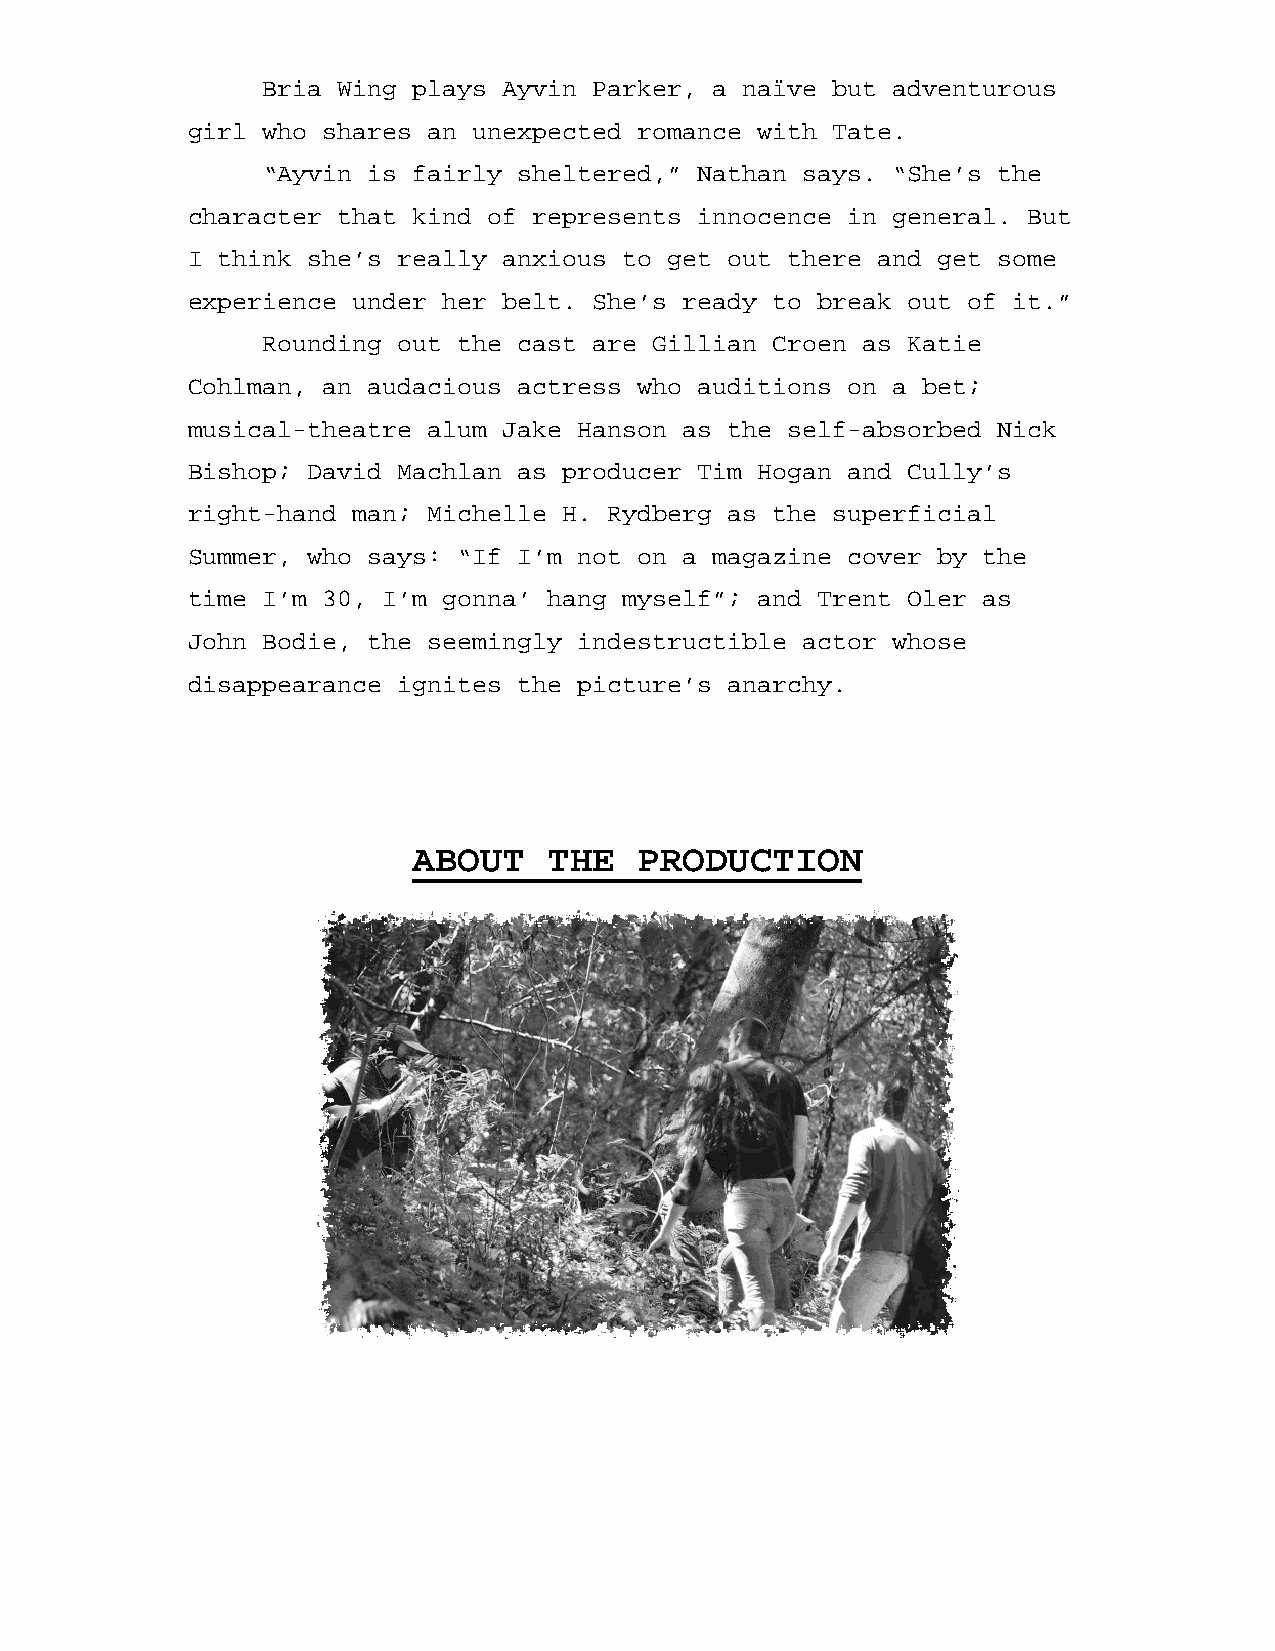
Bria Wing plays Ayvin Parker, a naïve but adventurous
 girl who shares an unexpected romance with Tate.
 “Ayvin is fairly sheltered,” Nathan says. “She’s the
 character that kind of represents innocence in general. But
 I think she’s really anxious to get out there and get some
 experience under her belt. She’s ready to break out of it.”
 Rounding out the cast are Gillian Croen as Katie
 Cohlman, an audacious actress who auditions on a bet;
 musical-theatre alum Jake Hanson as the self-absorbed Nick
 Bishop; David Machlan as producer Tim Hogan and Cully’s
 right-hand man; Michelle H. Rydberg as the superficial
 Summer, who says: “If I’m not on a magazine cover by the
 time I’m 30, I’m gonna’ hang myself”; and Trent Oler as
 John Bodie, the seemingly indestructible actor whose
 disappearance ignites the picture’s anarchy.
 ABOUT    THE   PRODUCTION